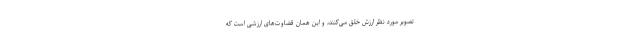
تصویر مورد نظر ارزش خلق می‌کنند، و این همان قضاوت‌های ارزشی است که